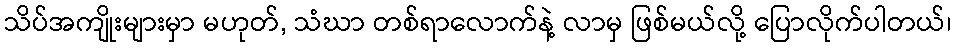
သိပ်အကျိုးများမှာ မဟုတ်, သံဃာ တစ်ရာလောက်နဲ့ လာမှ ဖြစ်မယ်လို့ ပြောလိုက်ပါတယ်၊